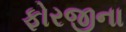
ફોરજીના